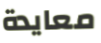
معايدة